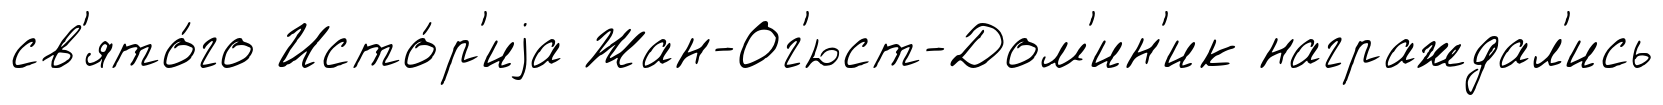
св'ято́го Исто́р'иjа Жан-Ог'юст-Дом'ин'ик награждал'ись